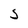
Character: 5